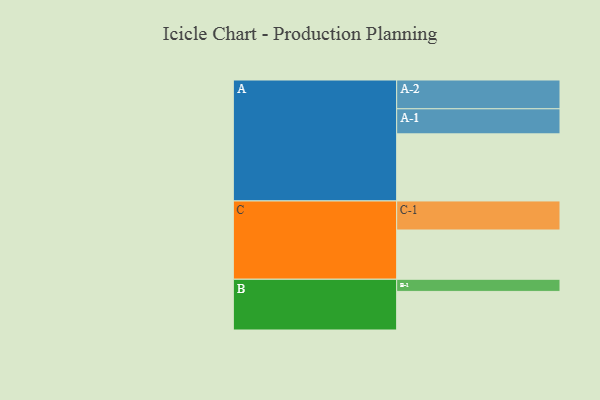
{"axis": {"x": "Segment", "y": "Value"}, "legend": ["", "A", "B", "C"], "data": [{"x": "A", "y": 541, "type": ""}, {"x": "B", "y": 311, "type": ""}, {"x": "C", "y": 397, "type": ""}, {"x": "A-1", "y": 202, "type": "A"}, {"x": "A-2", "y": 232, "type": "A"}, {"x": "B-1", "y": 98, "type": "B"}, {"x": "C-1", "y": 234, "type": "C"}]}